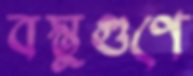
বস্তুগুণে